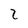
Character: 2